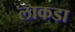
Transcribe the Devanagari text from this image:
लाकडा